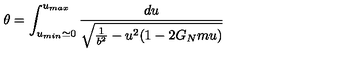
\theta = \int _ { u _ { m i n } \simeq 0 } ^ { u _ { m a x } } { \frac { d u } { \sqrt { { \frac { 1 } { b ^ { 2 } } } - u ^ { 2 } ( 1 - 2 G _ { N } m u ) } } }